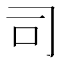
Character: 司